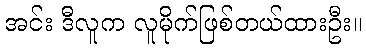
အင်း ဒီလူက လူမိုက်ဖြစ်တယ်ထားဦး။